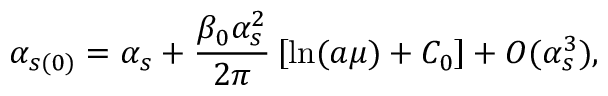
\alpha _ { s ( 0 ) } = \alpha _ { s } + \frac { \beta _ { 0 } \alpha _ { s } ^ { 2 } } { 2 \pi } \left[ \ln ( a \mu ) + C _ { 0 } \right] + O ( \alpha _ { s } ^ { 3 } ) ,